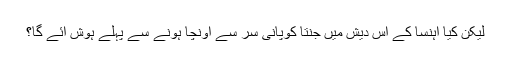
لیکن کیا اہنسا کے اس دیش میں جنتا کوپانی سر سے اونچا ہونے سے پہلے ہوش آئے گا؟